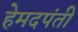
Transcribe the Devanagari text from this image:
हेमदपंती